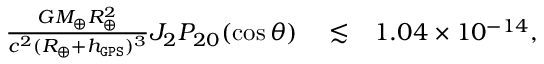
\begin{array} { r l r } { \frac { G M _ { \oplus } R _ { \oplus } ^ { 2 } } { c ^ { 2 } ( R _ { \oplus } + h _ { \tt G P S } ) ^ { 3 } } J _ { 2 } P _ { 2 0 } ( \cos \theta ) } & { { } \lesssim } & { 1 . 0 4 \times 1 0 ^ { - 1 4 } , } \end{array}